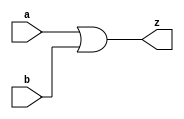
module Sub (input a, b,
            output z);
   assign z = a|b;
endmodule